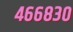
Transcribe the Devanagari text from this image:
४६६८३०